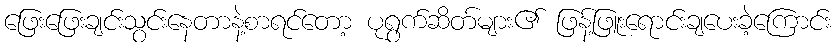
ဖြေးဖြေးချင်းသွင်းနေတာနဲ့စာရင်တော့ ပုရွက်ဆိတ်များ၏ ဖြန့်ဖြူးရောင်းချပေးခဲ့ကြောင်း